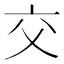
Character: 交